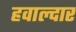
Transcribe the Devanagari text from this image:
हवाल्दार